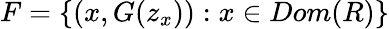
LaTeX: F=\{ (x,G(z_{x})):x\in Dom(R)\}